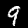
Label: 9